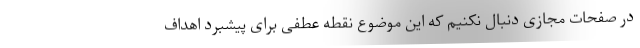
در صفحات مجازی دنبال نکنیم که این موضوع نقطه عطفی برای پیشبرد اهداف